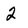
Character: 2